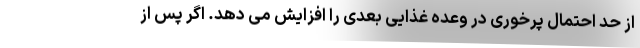
از حد احتمال پرخوری در وعده غذایی بعدی را افزایش می دهد. اگر پس از